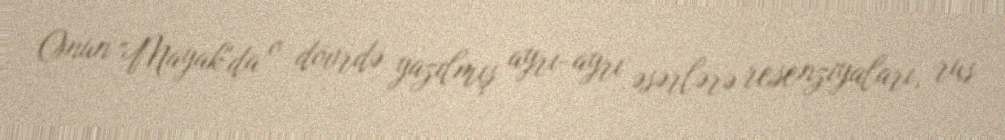
Onun "Mayak"da o dövrdə yazılmış ayrı-ayrı əsərlərə resenziyaları, rus